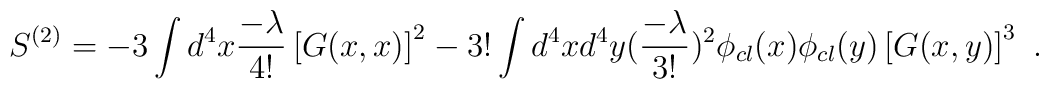
S^{(2)} = - 3\int d^4 x {-\lambda\over 4!} \left[ G(x,x) \right]^2           - 3!\int d^4 x d^4 y ({-\lambda\over 3!})^2                \phi_{cl} (x) \phi_{cl} (y) \left[ G(x,y)\right]^3\,\,.